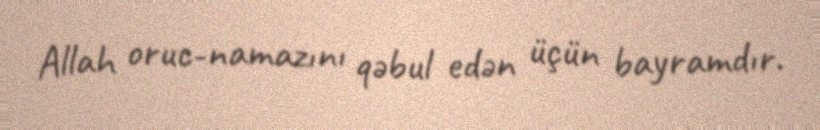
Allah oruc-namazını qəbul edən üçün bayramdır.